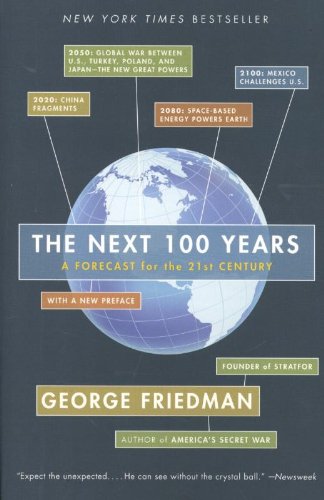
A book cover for The Next 100 Years: A Forecast for the 21st Century; George Friedman; Science & Math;